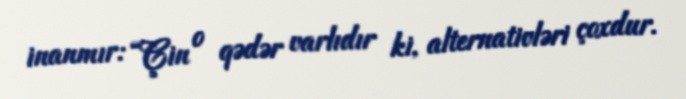
inanmır: “Çin o qədər varlıdır ki, alternativləri çoxdur.